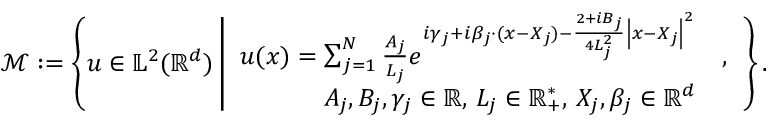
\mathcal { M } : = \left\{ u \in \mathbb { L } ^ { 2 } ( \mathbb { R } ^ { d } ) \left| \begin{array} { r l } { u ( x ) = \sum _ { j = 1 } ^ { N } \frac { A _ { j } } { L _ { j } } e ^ { i \gamma _ { j } + i \beta _ { j } \cdot ( x - X _ { j } ) - \frac { 2 + i B _ { j } } { 4 L _ { j } ^ { 2 } } \left| x - X _ { j } \right| ^ { 2 } } } & { , } \\ { A _ { j } , B _ { j } , \gamma _ { j } \in \mathbb { R } , \, L _ { j } \in \mathbb { R } _ { + } ^ { * } , \, X _ { j } , \beta _ { j } \in \mathbb { R } ^ { d } } & { } \end{array} \right. \right\} .